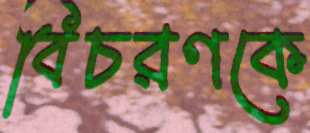
বিচরণকে